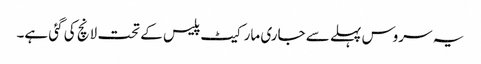
یہ سروس پہلے سے جاری مارکیٹ پلیس کے تحت لانچ کی گئی ہے۔